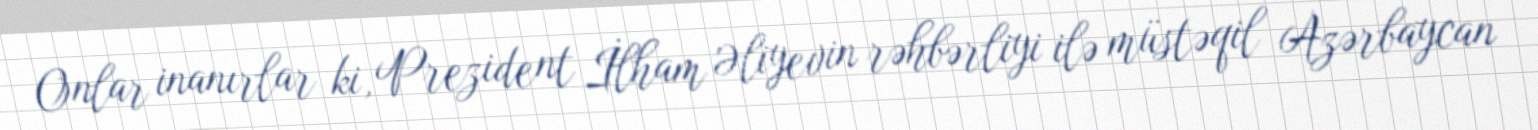
Onlar inanırlar ki, Prezident İlham Əliyevin rəhbərliyi ilə müstəqil Azərbaycan